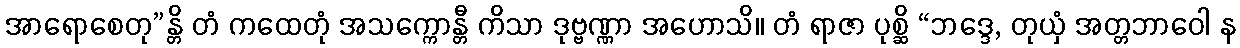
အာရောစေတု”န္တိ တံ ကထေတုံ အသက္ကောန္တီ ကိသာ ဒုဗ္ဗဏ္ဏာ အဟောသိ။ တံ ရာဇာ ပုစ္ဆိ “ဘဒ္ဒေ, တုယှံ အတ္တဘာဝေါ န